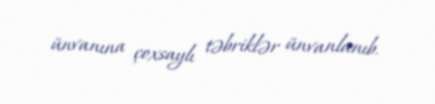
ünvanına çoxsaylı təbriklər ünvanlanıb.